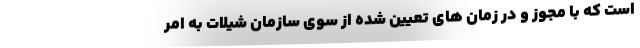
است که با مجوز و در زمان های تعیین شده از سوی سازمان شیلات به امر